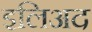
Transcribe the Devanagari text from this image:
इलिअद